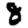
Digit: 8